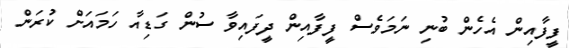
ފީފާއިން އެހެން ބުނި ނަމަވެސް ފީފާއިން ދީފައިވާ ސުން ގަޑިއާ ހަމައަށް ކުރަން